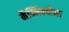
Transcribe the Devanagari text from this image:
मैन्निक्वीन्स